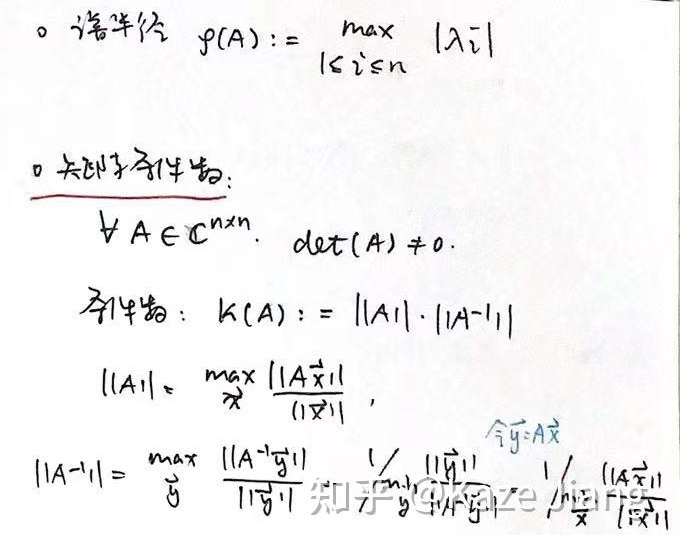
\[
\begin{align*}
&\text{谱半径 }\rho(A):=\max_{1\leq i\leq n}|\lambda_i|\\
&\text{关于条件数：}\\
&\forall A\in\mathbb{C}^{n\times n},\ \det(A)\neq0.\\
&\text{条件数：}\kappa(A):=\|A\|\cdot\|A^{-1}\|\\
&\|A\|=\max_{\vec{x}}\frac{\|A\vec{x}\|}{\|\vec{x}\|},\\
&\|A^{-1}\|=\max_{\vec{y}}\frac{\|A^{-1}\vec{y}\|}{\|\vec{y}\|}\ (\text{令 }\vec{y}=A\vec{x})
\end{align*}
\]